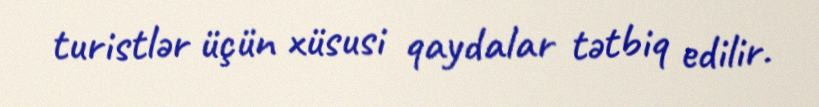
turistlər üçün xüsusi qaydalar tətbiq edilir.